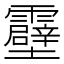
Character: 𫕶